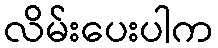
လိမ်းပေးပါက